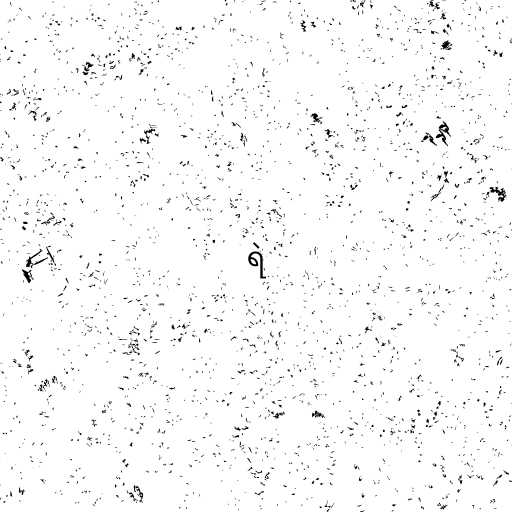
ရဲ